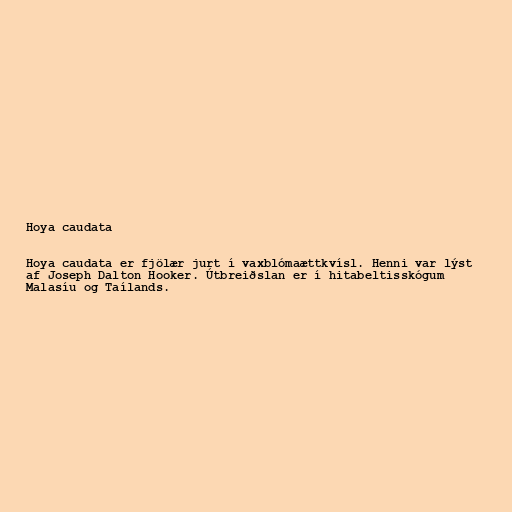
Hoya caudata

Hoya caudata er fjölær jurt í vaxblómaættkvísl. Henni var lýst
af Joseph Dalton Hooker. Útbreiðslan er í hitabeltisskógum
Malasíu og Taílands.